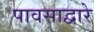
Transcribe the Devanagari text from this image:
पावसाद्वारे